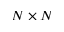
N \times N